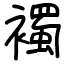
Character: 襡